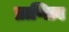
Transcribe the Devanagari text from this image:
प्राणित्व